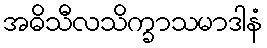
အဓိသီလသိက္ခာသမာဒါနံ